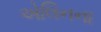
એલિનના